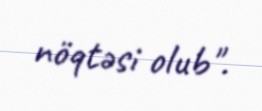
nöqtəsi olub".